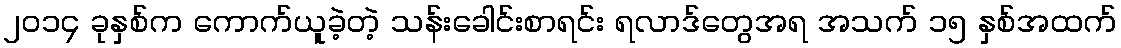
၂၀၁၄ ခုနှစ်က ကောက်ယူခဲ့တဲ့ သန်းခေါင်းစာရင်း ရလာဒ်တွေအရ အသက် ၁၅ နှစ်အထက်